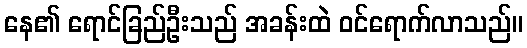
နေ၏ ရောင်ခြည်ဦးသည် အခန်းထဲ ဝင်ရောက်လာသည်။